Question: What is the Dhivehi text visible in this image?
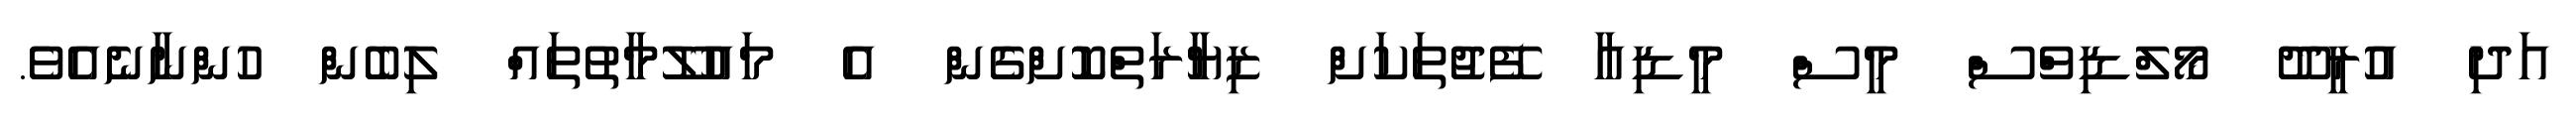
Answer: އަދި އުރީދޫ މޯލްޑިވްސް މީސް މީޑިއާ ފޭޖުތަކަށް ޒިޔާރަތްކޮށްގެން އެ މައުލޫމާތުތައް ލިބެން ހުންނާނެއެވެ.